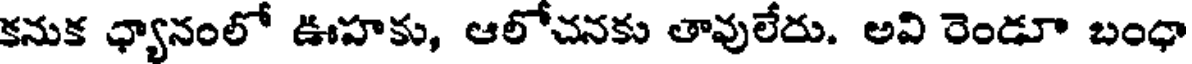
కనుక ధ్యానంలో ఊహకు, ఆలోచనకు తావులేరు. అవి రెండూ బంధా